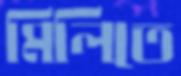
মিলিতে